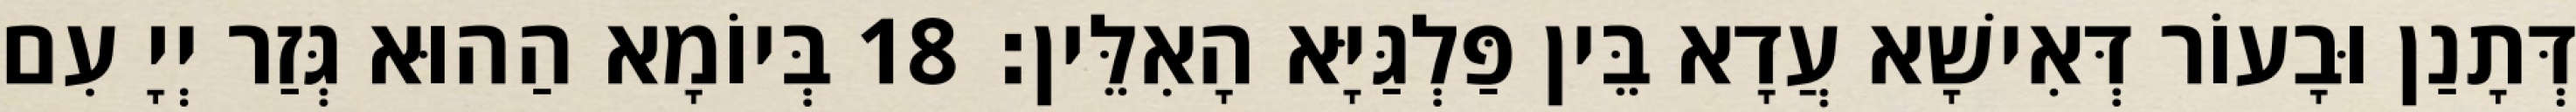
דְּתָנַן וּבָעוֹר דְּאִישָׁא עֲדָא בֵּין פַּלְגַּיָּא הָאִלֵּין׃ 18 בְּיוֹמָא הַהוּא גְּזַר יְיָ עִם